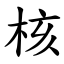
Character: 核